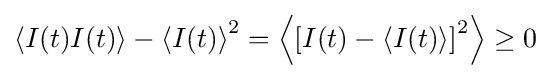
\left\langle I(t)I(t)\right\rangle -{\left\langle I(t)\right\rangle }^{2}=\left\langle {\left[I(t)-\left\langle I(t)\right\rangle \right]}^{2}\right\rangle \geq 0